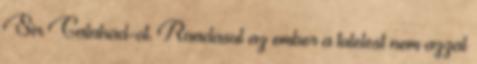
Sir Galahad-ot. Raadasul az ember a tulelest nem azzal